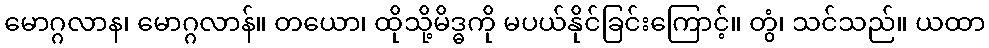
မောဂ္ဂလာန၊ မောဂ္ဂလာန်။ တယော၊ ထိုသို့မိဒ္ဓကို မပယ်နိုင်ခြင်းကြောင့်။ တွံ၊ သင်သည်။ ယထာ